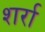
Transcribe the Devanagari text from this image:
शर्रा